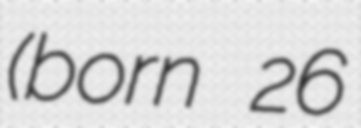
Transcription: (born 26